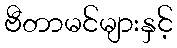
ဗီတာမင်များနှင့်